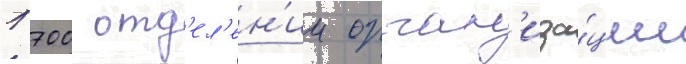
1 700 отд'ел'ен'ии орган'иза́ции